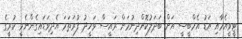
ޓީވީއެމާއި އަޑު އެމްބީސީ އަށް ބަދަލުކޮށްދިނުމަށް ރައީސް ވަހީދު ފުރަތަމަ އެދިވަޑައިގެންނެވީ ކުރީގެ